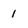
Character: 1